Civil Veterinary Dept. Assam report 1927-50 - 1927-1950
Year: 1927
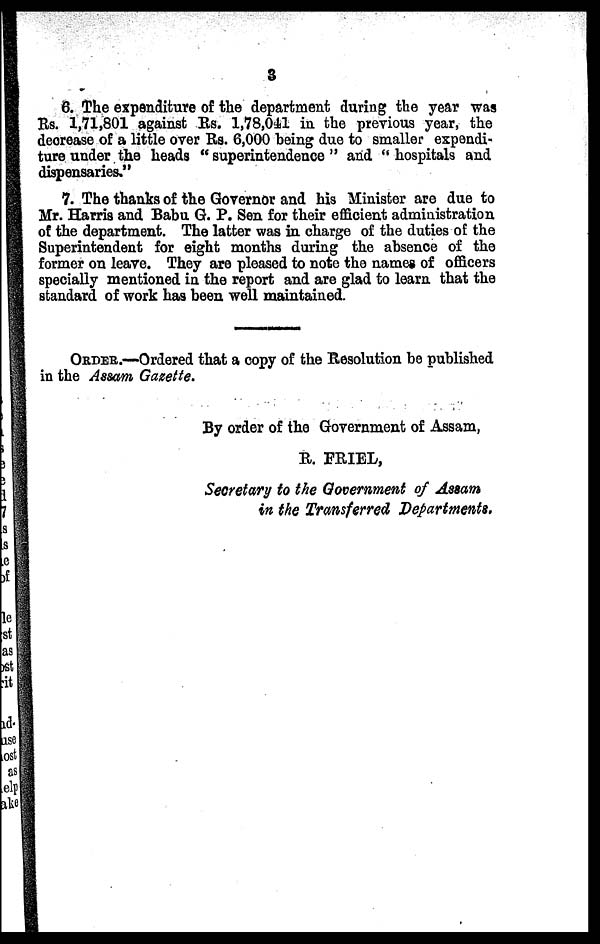
3
6. The expenditure of the department during the year was
Rs. 1,71,801 against Rs. 1,78,041 in the previous year, the
decrease of a little over Rs. 6,000 being due to smaller expendi-
ture under the heads " superintendence " and " hospitals and
dispensaries."
7. The thanks of the Governor and his Minister are due to
Mr. Harris and Babu G. P. Sen for their efficient administration
of the department. The latter was in charge of the duties of: the
Superintendent for eight months during the absence of the
former on leave. They are pleased to note the names of officers
specially mentioned in the report and are glad to learn that the
standard of work has been well maintained.
ORDER.—Ordered that a copy of the Resolution be published
in the Assam Gazette.
By order of the Government of Assam,
R. FRIEL,
Secretary to the Government of Assam
in the Transferred Departments.